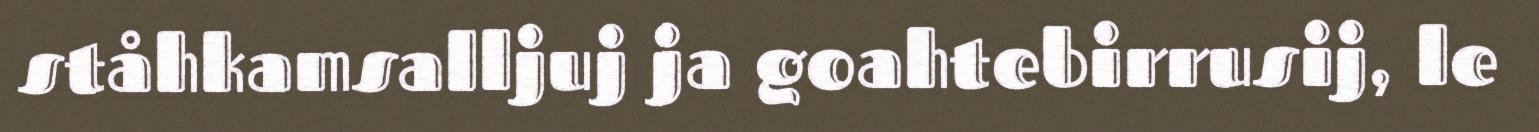
ståhkamsalljuj ja goahtebirrusij, le